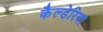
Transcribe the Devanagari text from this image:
कैल्डेरिया